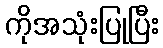
ကိုအသုံးပြုပြီး